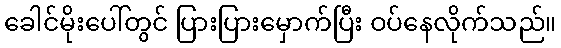
ခေါင်မိုးပေါ်တွင် ပြားပြားမှောက်ပြီး ဝပ်နေလိုက်သည်။